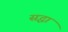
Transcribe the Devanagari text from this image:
सद्धा